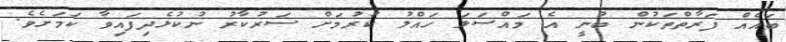
ބައެއް ފަރާތްތަކުން ބުނީ އެ މައްސަލަ ހައްލު ކުރުމަށް ސަރުކާރު ނުކުޅެދިފައިވާ ކަމަށެވެ.